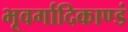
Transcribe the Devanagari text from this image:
भूवर्गादिकाण्डं